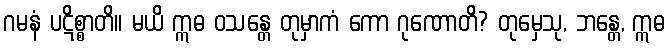
ဂမနံ ပဋိစ္စာတိ။ မယိ ဣဓ ဝသန္တေ တုမှာကံ ကော ဂုဏောတိ? တုမှေသု, ဘန္တေ, ဣဓ